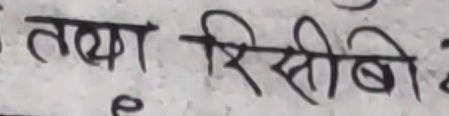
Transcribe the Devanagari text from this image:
तथा रिसिवी